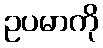
ဥပမာကို